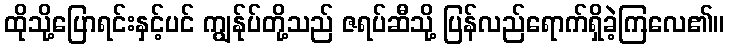
ထိုသို့ပြောရင်းနှင့်ပင် ကျွန်ုပ်တို့သည် ဇရပ်ဆီသို့ ပြန်လည်ရောက်ရှိခဲ့ကြလေ၏။